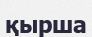
қырша